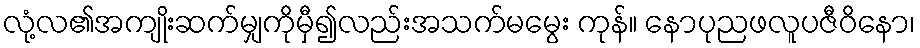
လုံ့လ၏အကျိုးဆက်မျှကိုမှီ၍လည်းအသက်မမွေး ကုန်။ နောပုညဖလူပဇီဝိနော၊